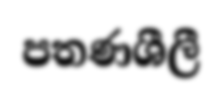
පතණශීලී